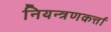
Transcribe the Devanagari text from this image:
नियन्त्रणकर्त्ता